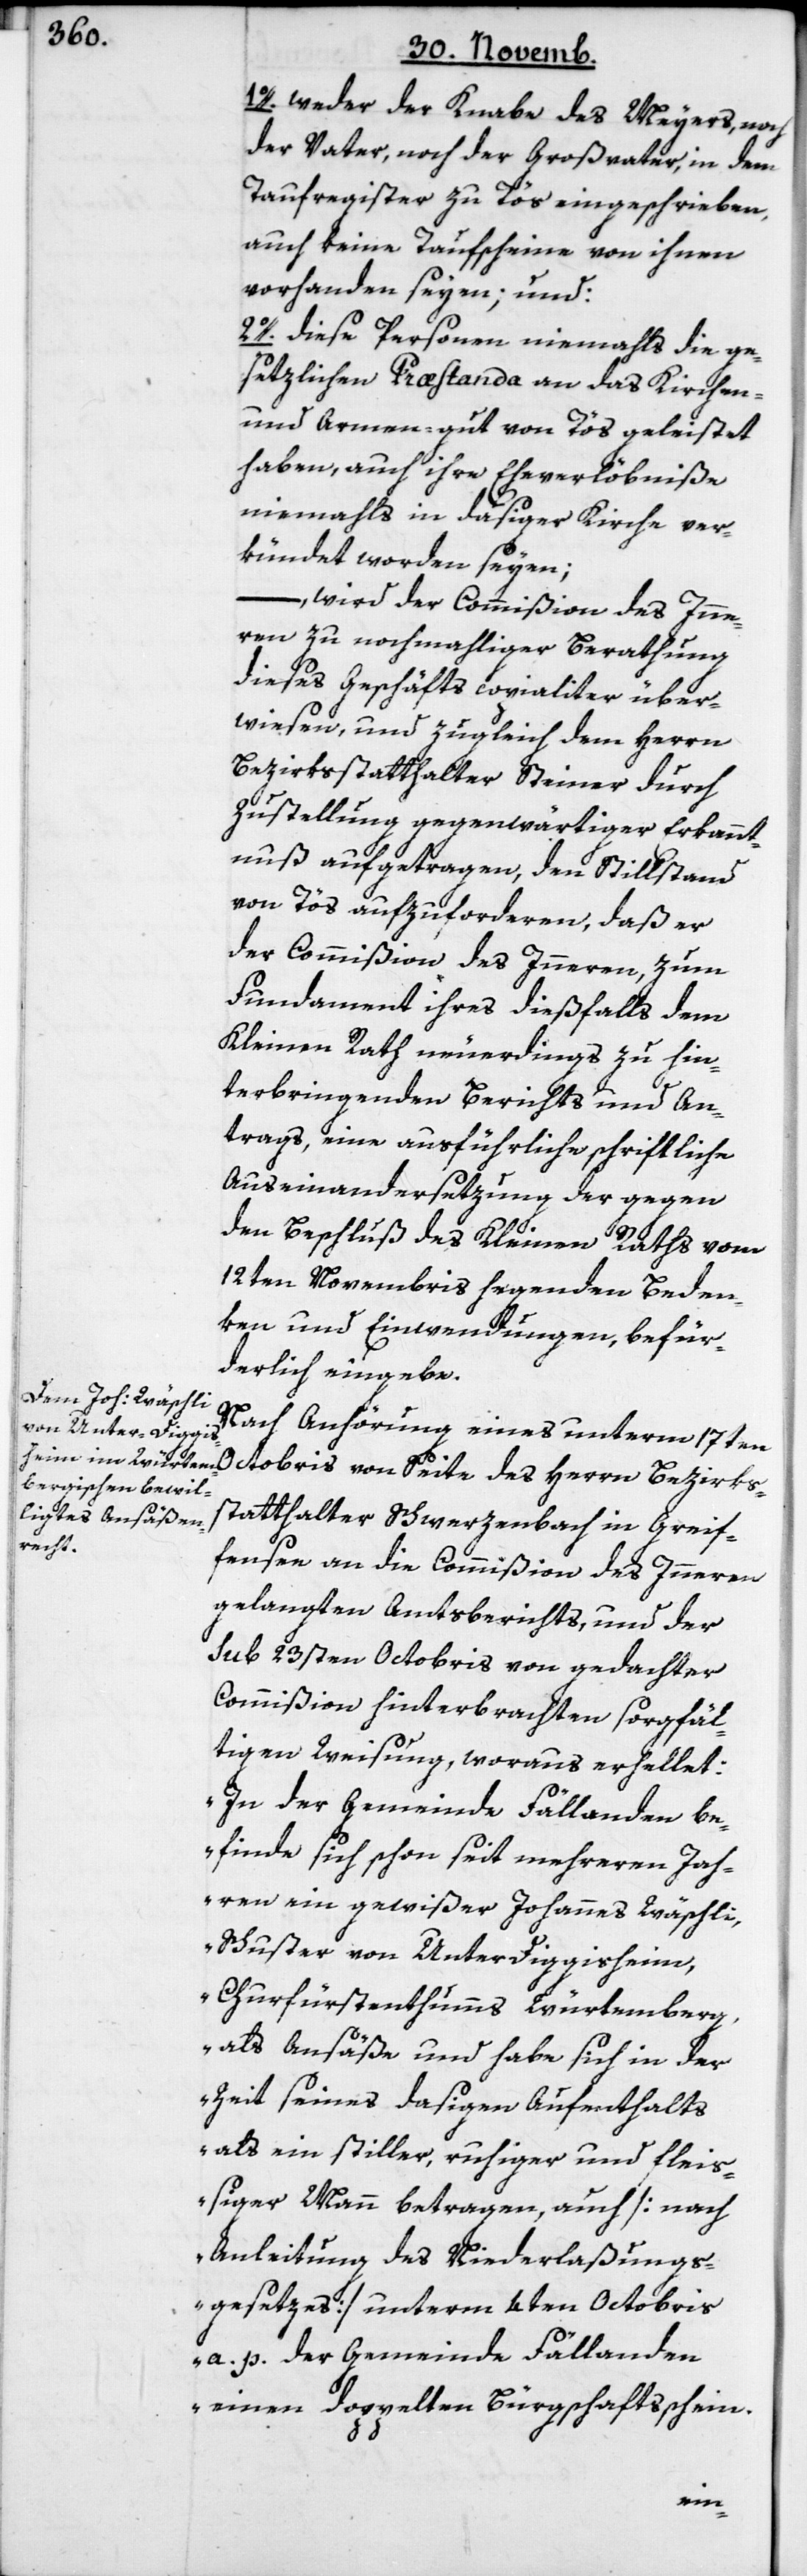
1o. weder der Knabe des Meyers, noch
der Vater, noch der Großvater, in dem
Taufregister zu Tös eingeschrieben,
auch keine Taufscheine von ihnen
vorhanden seyen, und:
2o. diese Personen niemahls die ge¬
setzlichen Præstanda an das Kirchen-
und Armen-gut von Tös geleistet
haben, auch ihre Eheverlöbniße
niemahls in dasiger Kirche ver¬
kündet worden seyen;
wird der Commißion des Inne¬
rn zu nochmahliger Berathung
dieses Geschäfts copialiter über¬
wiesen, und zugleich dem Herrn
Bezirksstatthalter Steiner durch
Zustellung gegenwärtiger Erkannt¬
nuß aufgetragen, den Stillstand
von Tös aufzuforderen, daß er
der Commißion des Innern zum
Fundament ihres dießfalls dem
Kleinen Rath neuerdings zu hin¬
terbringenden Berichts und An¬
trags, eine ausführliche schriftliche
Auseinandersetzung der gegen
den Beschluß des Kleinen Raths vom
12ten Novembris hegenden Beden¬
ken und Einwendungen befür¬
derlich eingebe.
Nach Anhörung eines unterm 17ten
sstatthalter Schwerzenbach in Grei¬
fensee an die Commißion des Innern
gelangten Amtsberichts, und der
sub 23sten Octobris von gedachter
Commißion hinterbrachten sorgfäl¬
tigen Weisung, woraus erhellet:
„In der Gemeinde Fällanden be¬
finde sich schon seit mehreren Jah¬
ren ein gewißer Johannes Wäschli,
Schuster von Unter Diggisheim,
Churfürstentumms Würtemberg,
als Ansäße und habe sich in der
Zeit seines dasigen Aufenthalts
als ein stiller ruhiger und fleiß¬
iger Mann betragen, auch [nach
Anleitung des Niederlaßungs¬
gesetzes] unterm 4ten Octobris
a. p. der Gemeinde Fällanden
einen doppelten Bürgschaftsschein
Bezirk¬